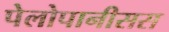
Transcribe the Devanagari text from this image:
पेलोपानीसस